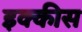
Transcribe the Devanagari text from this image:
इक्‍कीस